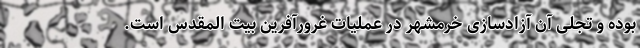
بوده و تجلی آن آزادسازی خرمشهر در عملیات غرورآفرین بیت المقدس است.